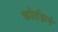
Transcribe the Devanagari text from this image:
कोर्तझने